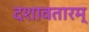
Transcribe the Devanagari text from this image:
दशावतारम्‌